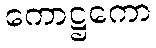
ကောဋ္ဌကော